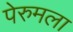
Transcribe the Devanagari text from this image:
पेरुमला